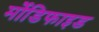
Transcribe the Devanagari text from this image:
र्मोडिफाइड